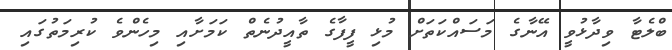
ބްލެޓާ ވިދާޅުވީ އޭނާގެ މަސައްކަތަށް މުޅި ފީފާގެ ތާއީދުނެތް ކަމަށާއި މިހެންވެ ކުރިމަތުގައި